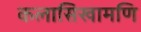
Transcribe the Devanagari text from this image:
कलासिखामणि